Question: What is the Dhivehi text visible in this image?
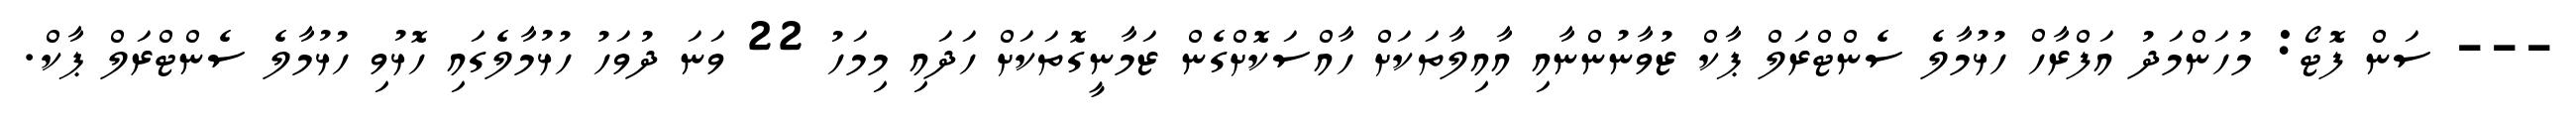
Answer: --- ސަން ފޮޓޯ: މުހަންމަދު އަފްރާހް ހުޅުމާލެ ސެންޓްރަލް ޕާކް ޒުވާނުންނާއި އާއިލާތަކަށް ހާއްސަކޮށްގެން ޒަމާނީގޮތަކަށް ހަދައި މިމަހު 22 ވަނަ ދުވަހު ހުޅުމާލެގައި ހޮޅުވި ހުޅުމާލެ ސެންޓްރަލް ޕާކް.